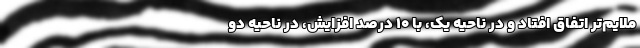
ملایم‌تر اتفاق افتاد و در ناحیه یک، با ۱۰ درصد افزایش، در ناحیه دو